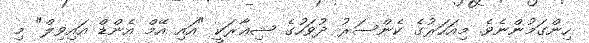
ހިންގަމުންނެވެ. މިއަހަރުގެ ކެންސަރު ދުވަހުގެ ޝިޢާރަކީ "އައި އޭމް އެންޑް އައިވިލް" މި